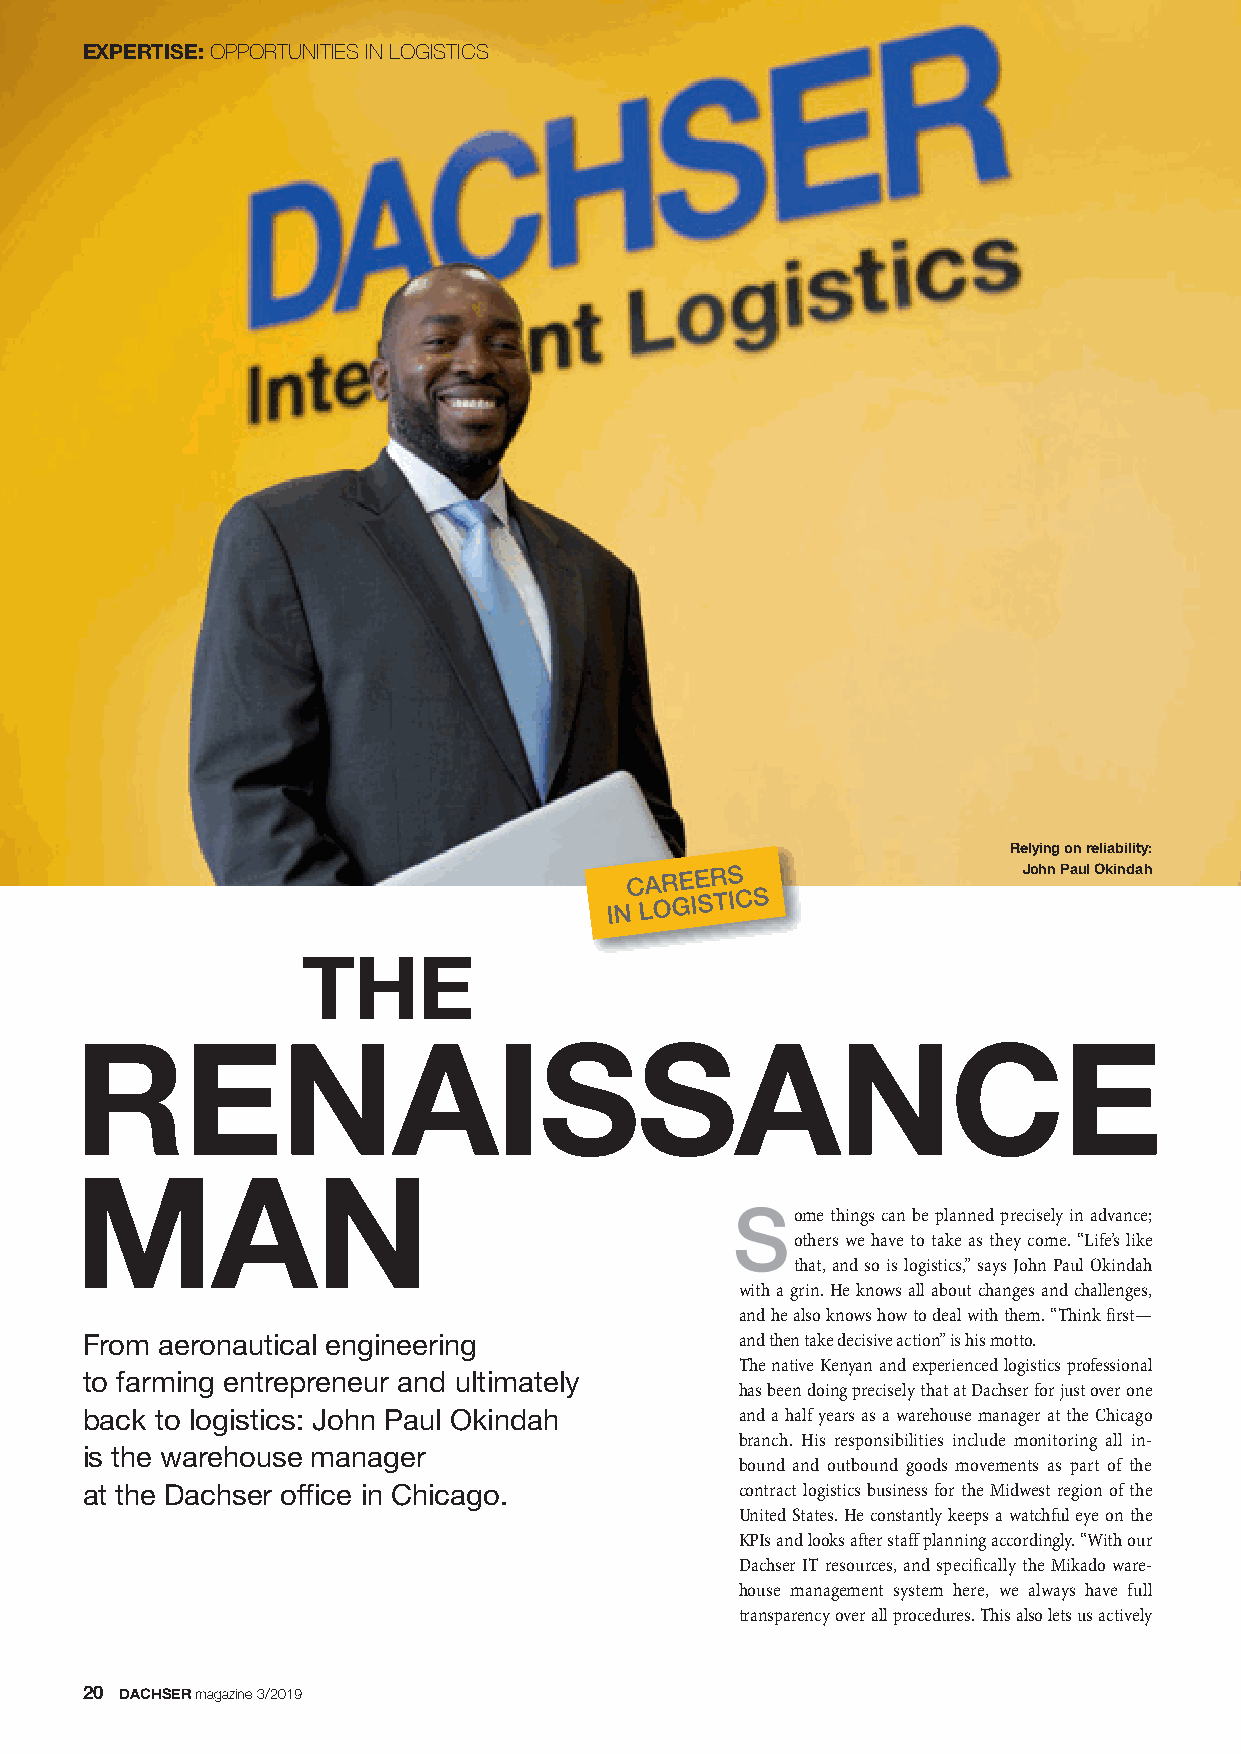
EXPERTISE:OPPORTUNITIES IN LOGISTICS
 Relying on reliability:
 John Paul Okindah
 THE
 RENAISSANCE
 MAN
 ome things can be planned precisely in advance;
 others we have to take as they come. “Life’s like
 that, and so is logistics,” says John Paul Okindah
 with a grin. He knows all about changes and challenges,
 and he also knows how to deal with them. “Think first—
 From aeronautical engineering               and then take decisive action” is his motto.
 The native Kenyan and experienced logistics professional
 to farming entrepreneur and ultimately
 has been doing precisely that at Dachser for just over one
 back to logistics: John Paul Okindah        and a half years as a warehouse manager at the Chicago
 branch. His responsibilities include monitoring all in -
 is the warehouse manager
 bound and outbound goods movements as part of the
 at the Dachser office in Chicago.           contract logistics business for the Midwest region of the
 United States. He constantly keeps a watchful eye on the
 KPIs and looks after staff planning accordingly. “With our
 Dachser IT resources, and specifically the Mikado ware-
 house management system here, we always have full
 transparency over all procedures. This also lets us actively
 20 DACHSERmagazine 3/2019